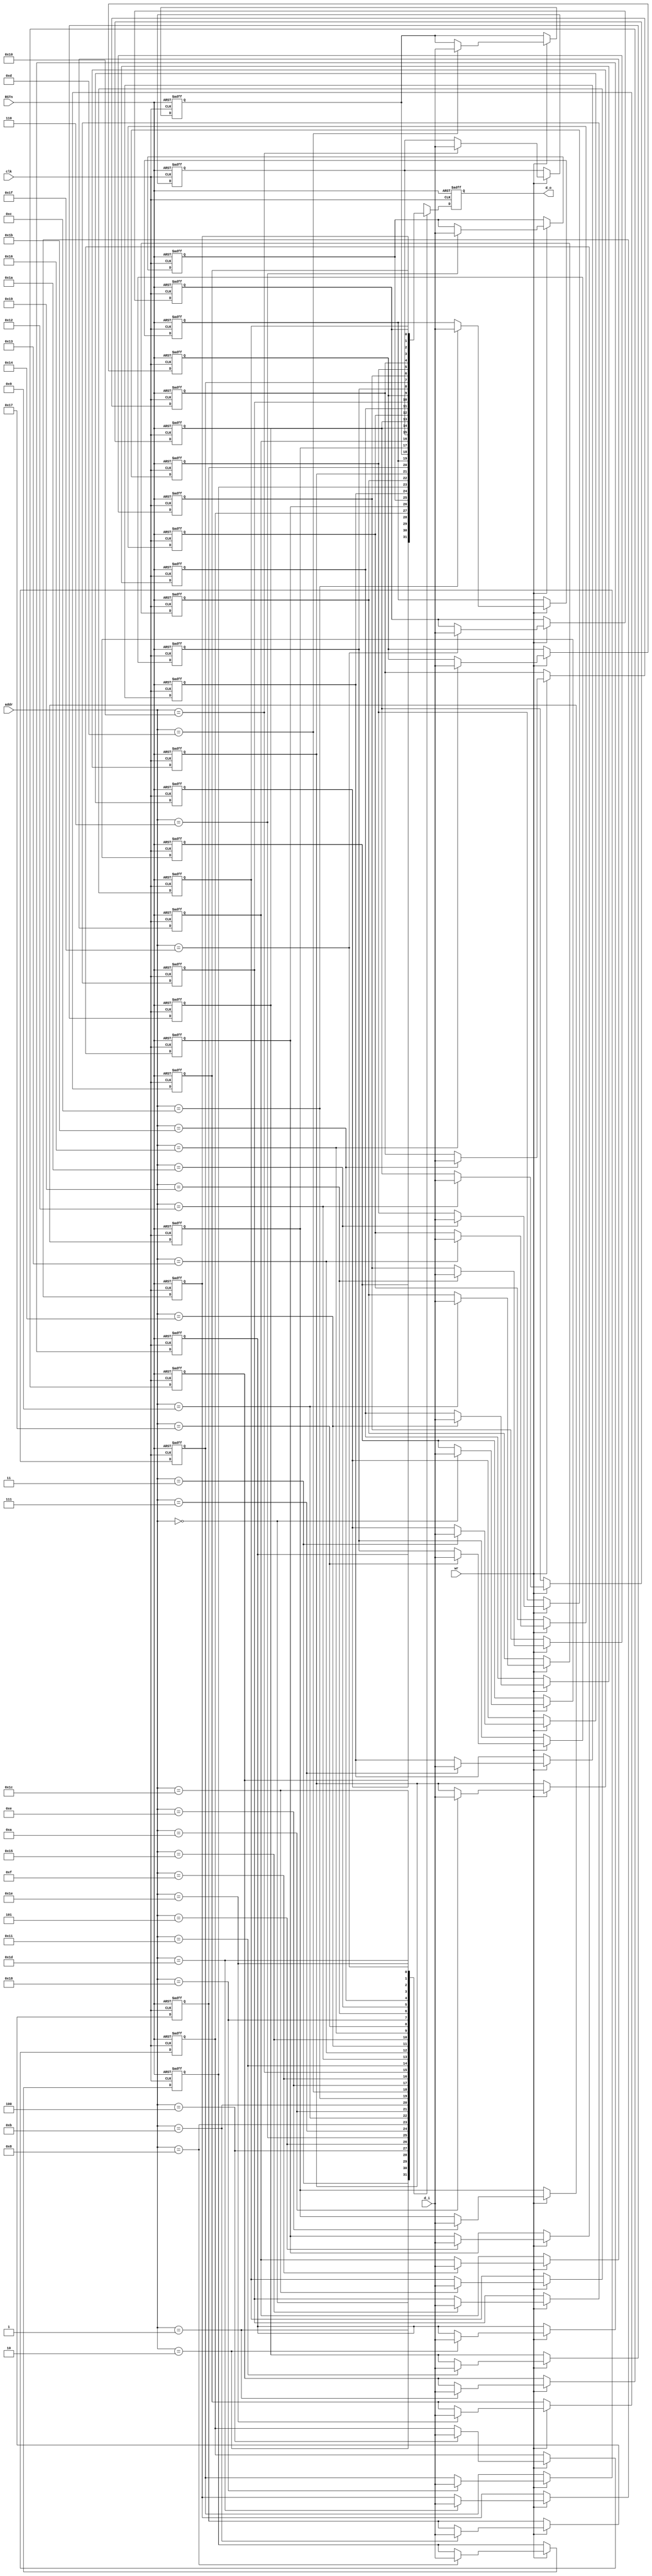
module mem_disp
(
   input   wire           clk,
   input   wire           RSTn,
   input   wire           wr,
   input   wire   [4:0]   addr,
   input   wire           d_i,
   output  reg            d_o
);

reg       mem   [0:31];

always @ (posedge clk or negedge RSTn)
begin
   if(RSTn==1'b0)
      d_o <= 1'b0;
   else
      d_o  <=  mem[addr];         
end

integer i;
always @ (posedge clk or negedge RSTn)
begin
   if(RSTn==1'b0)
      for ( i = 0 ; i < 32 ; i = i + 1 ) 
      begin
         mem[i] <= 1'b0;    
      end
   else if(wr)
      mem[addr]   <= d_i;        
end

endmodule